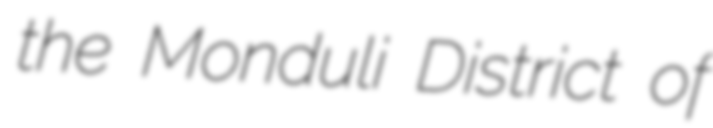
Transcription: the Monduli District of